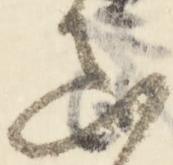
真